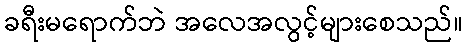
ခရီးမရောက်ဘဲ အလေအလွင့်များစေသည်။